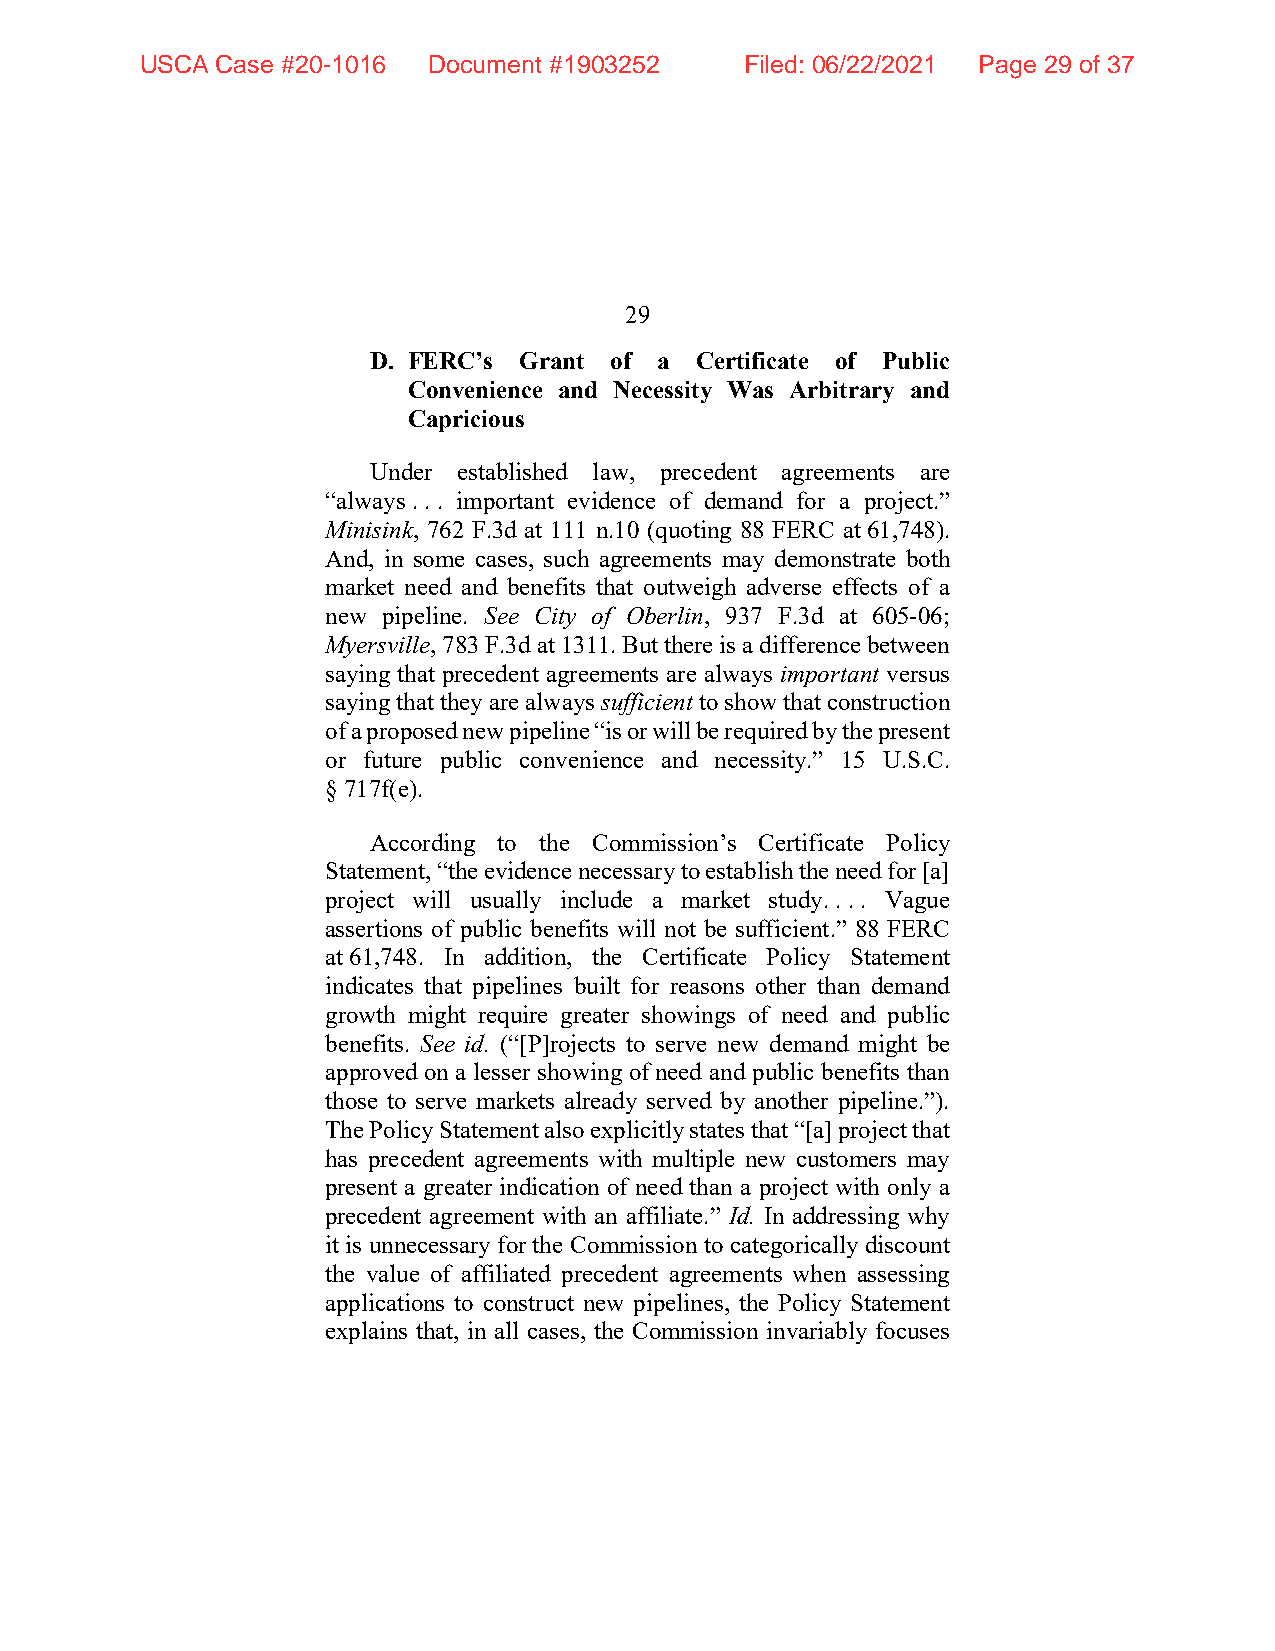
USCA Case #20-1016 Document #1903252    Filed: 06/22/2021 Page 29 of 37
 29
 D. FERC’s Grant of  a Certificate of Public
 Convenience and Necessity Was Arbitrary and
 Capricious
 Under established law, precedent agreements are
 “always . . . important evidence of demand for a project.”
 Minisink, 762 F.3d at 111 n.10 (quoting 88 FERC at 61,748).
 And, in some cases, such agreements may demonstrate both
 market need and benefits that outweigh adverse effects of a
 new pipeline. See City of Oberlin, 937 F.3d at 605-06;
 Myersville, 783 F.3d at 1311. But there is a difference between
 saying that precedent agreements are always important versus
 saying that they are always sufficient to show that construction
 of a proposed new pipeline “is or will be required by the present
 or future public convenience and necessity.” 15 U.S.C.
 § 717f(e).
 According to the Commission’s Certificate Policy
 Statement, “the evidence necessary to establish the need for [a]
 project will usually include a market study. . . . Vague
 assertions of public benefits will not be sufficient.” 88 FERC
 at 61,748. In addition, the Certificate Policy Statement
 indicates that pipelines built for reasons other than demand
 growth might require greater showings of need and public
 benefits. See id. (“[P]rojects to serve new demand might be
 approved on a lesser showing of need and public benefits than
 those to serve markets already served by another pipeline.”).
 The Policy Statement also explicitly states that “[a] project that
 has precedent agreements with multiple new customers may
 present a greater indication of need than a project with only a
 precedent agreement with an affiliate.” Id. In addressing why
 it is unnecessary for the Commission to categorically discount
 the value of affiliated precedent agreements when assessing
 applications to construct new pipelines, the Policy Statement
 explains that, in all cases, the Commission invariably focuses